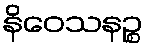
နိဝေသနဉ္စ